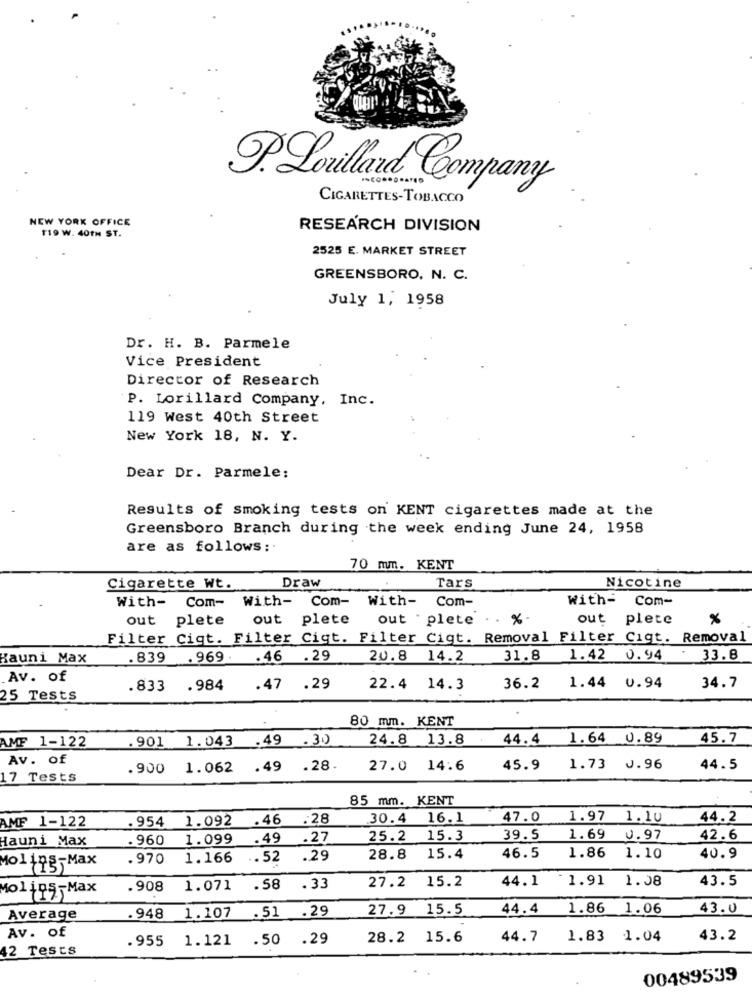
P. Lorillard Company
CIGARETTES-TOBACCO
NEW YORK OFFICE
119 W. 40TH ST.
RESEARCH DIVISION
2525 E. MARKET STREET
GREENSBORO, N. C.
July 1, 1958
Dr. H. B. Parmele
Vice President
Director of Research
P. Lorillard Company, Inc.
119 West 40th Street
New York 18, N. Y.
Dear Dr. Parmele:
Results of smoking tests on KENT cigarettes made at the
Greensboro Branch during the week ending June 24, 1958
are as follows :.
70 mm. KENT
Draw
Cigarette Wt.
Tars
Nicotine
With-
Com- With-
Com-
With- Com-
With-
Com-
out plete
out
plete
out plete . . %
out plete
%
Filter Ciqt. Filter Cigt. Filter Cigt. Removal Filter Cigt. Removal
Kauni Max
.839 .969. . 46 .29
20.8 14.2
31.8 1.42 0.94 - 33.8
Av. of
.833 .984
.47 .29
22.4 14.3
36.2
1.44 0.94
34.7
25 Tests
80 mm. KENT
.901 1.043 .49 .30
24.8 13.8
44.4 1.64 0.89
45.7
AMF 1-122
Av. of
.900 1.062 .49 .28.
27.0
14.6
45.9
1.73 0.96
44.5
17 Tests
85 mm. KENT
954 1.092
.46 :28
30.4
16.1
47.0
1.97 1.10
44.2
AMF 1-122
Hauni Max
.960
1.099 .49
.27
25.2
15.3
39.5
1.69 0.97
42.6
.970
1.166 .52
.29
28.8
15.4
46.5
1.86
1.10
40.9
Moling- Max
44.1
1.91 1.08
43.5
Molins- Max
.908
1.071
.58
. 33
27.2
15.2
1.107 .51 .29
27.9 15.5
44.4
1.86 1.06
43.0
Average
.948
Av. of
.955
1.121
.50 .29
28.2
15.6
44.7
1.83 1.04
43.2
42 Tests
00489539